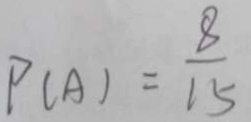
P ( A ) = \frac { 8 } { 1 5 }